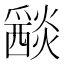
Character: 𤑀